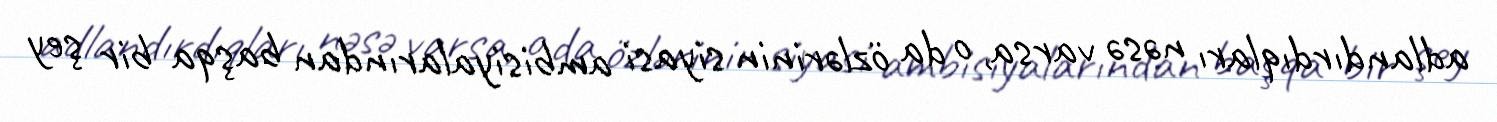
adlandırdıqları nəsə varsa, o da özlərinin siyasi ambisiyalarından başqa bir şey